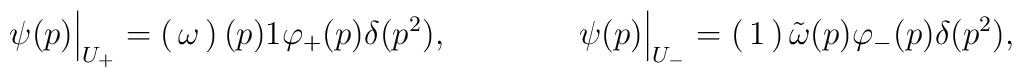
\psi(p)\Bigr|_{U_+}= \begin{pmatrix}\omega(p)\\1\end{pmatrix} \varphi_+(p)\delta(p^2), \qquad\qquad \psi(p)\Bigr|_{U_-}= \begin{pmatrix}1\\\tilde\omega(p)\end{pmatrix} \varphi_-(p)\delta(p^2),